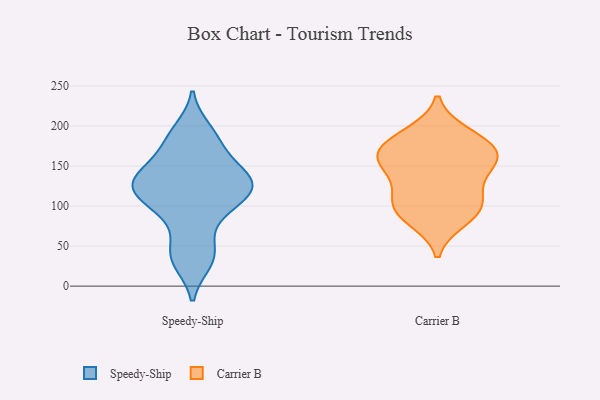
{"axis": {"x": "Waste Production (Tons)", "y": "Value"}, "legend": ["Carrier B", "Speedy-Ship"], "data": [{"x": "", "y": 184, "type": "Speedy-Ship"}, {"x": "", "y": 51, "type": "Speedy-Ship"}, {"x": "", "y": 35, "type": "Speedy-Ship"}, {"x": "", "y": 30, "type": "Speedy-Ship"}, {"x": "", "y": 123, "type": "Speedy-Ship"}, {"x": "", "y": 98, "type": "Speedy-Ship"}, {"x": "", "y": 146, "type": "Speedy-Ship"}, {"x": "", "y": 117, "type": "Speedy-Ship"}, {"x": "", "y": 131, "type": "Speedy-Ship"}, {"x": "", "y": 195, "type": "Speedy-Ship"}, {"x": "", "y": 128, "type": "Speedy-Ship"}, {"x": "", "y": 111, "type": "Speedy-Ship"}, {"x": "", "y": 172, "type": "Speedy-Ship"}, {"x": "", "y": 88, "type": "Speedy-Ship"}, {"x": "", "y": 146, "type": "Speedy-Ship"}, {"x": "", "y": 128, "type": "Speedy-Ship"}, {"x": "", "y": 173, "type": "Carrier B"}, {"x": "", "y": 184, "type": "Carrier B"}, {"x": "", "y": 164, "type": "Carrier B"}, {"x": "", "y": 161, "type": "Carrier B"}, {"x": "", "y": 140, "type": "Carrier B"}, {"x": "", "y": 149, "type": "Carrier B"}, {"x": "", "y": 91, "type": "Carrier B"}, {"x": "", "y": 83, "type": "Carrier B"}, {"x": "", "y": 111, "type": "Carrier B"}, {"x": "", "y": 190, "type": "Carrier B"}, {"x": "", "y": 109, "type": "Carrier B"}, {"x": "", "y": 97, "type": "Carrier B"}, {"x": "", "y": 160, "type": "Carrier B"}]}